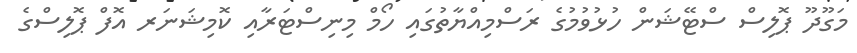
މަގޫދޫ ޕޮލިސް ސްޓޭޝަން ހުޅުވުމުގެ ރަސްމިއްޔާތުގައި ހޯމް މިނިސްޓަރާއި ކޮމިޝަނަރ އޮފް ޕޮލިސްގެ